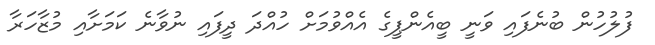
ފުލުހުން ބުނެފައި ވަނީ ބީއެންޕީގެ އެއްވުމަށް ހުއްދަ ދީފައި ނުވާނެ ކަމަށާއި މުޒާހަރާ